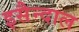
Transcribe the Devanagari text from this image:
इसैन्दाल